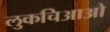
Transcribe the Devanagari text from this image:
लुकचिआओ